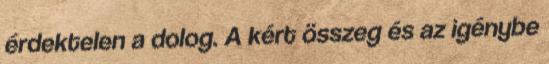
érdektelen a dolog. A kért összeg és az igénybe